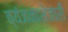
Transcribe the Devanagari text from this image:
व्यंजनाशेजारी